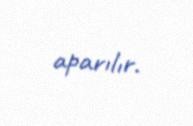
aparılır.